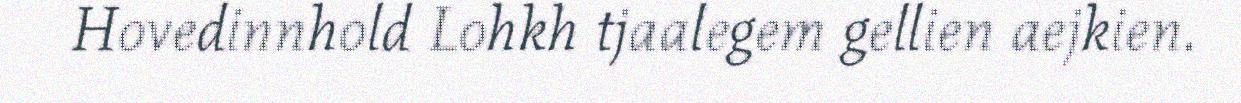
Hovedinnhold Lohkh tjaalegem gellien aejkien.